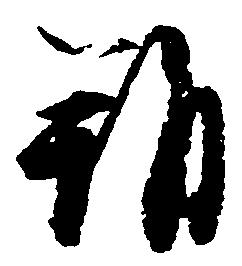
朔